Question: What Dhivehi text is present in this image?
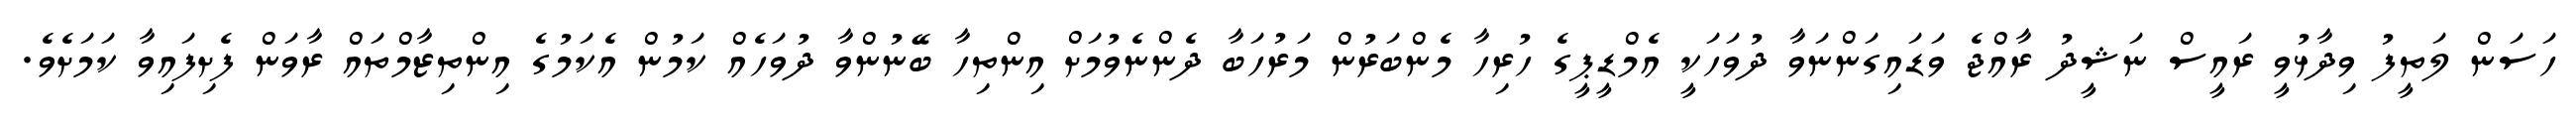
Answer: ހަސަން ލަތީފު ވިދާޅުވީ ރައީސް ނަޝީދު ރާއްޖެ ވަޑައިގަންނަވާ ދުވަހަކީ އެމްޑީޕީގެ ހުރިހާ މެންބަރުން މަރުހަބާ ދެންނެވުމަށް އިންތިހާ ބޭނުންވާ ދުވަހެއް ކަމުން އެކަމުގެ އިންތިޒާމްތައް ރާވަން ފެށިފައިވާ ކަމަށެވެ.